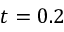
t = 0 . 2